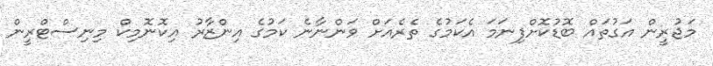
މަޖުރީން އަގުތައް ބޮޑުކޮށްފިނަމަ އެކަމުގެ ތެރެއަށް ވަންނާނެ ކަމުގެ އިންޒާރު އިކޮނޮމިކް މިނިސްޓްރީން